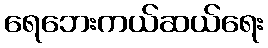
ရေဘေးကယ်ဆယ်ရေး